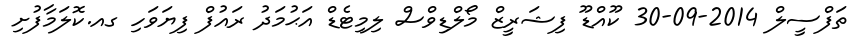
ތަފްސީލް 2014-09-30 ކޫއްޑޫ ފިޝަރީޒް މޯލްޑިވްސް ލިމިޓެޑް އަޙުމަދު ރައުފް ފިޔަވަހި ގއ.ކޮލަމާފުށި